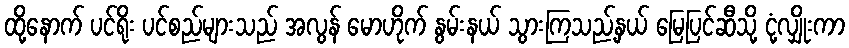
ထို့နောက် ပင်ရိုး ပင်စည်များသည် အလွန် မောဟိုက် နွမ်းနယ် သွားကြသည့်နှယ် မြေပြင်ဆီသို့ ငုံ့လျှိုးကာ